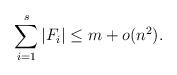
LaTeX: \begin{align*} \sum_{i=1}^s |F_i|\le m+o(n^2). \end{align*}